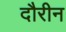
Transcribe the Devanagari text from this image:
दौरीन